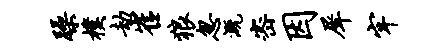
躁朴劫崔狼忽溉密因犀牢